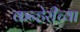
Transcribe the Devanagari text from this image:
कन्हेरीच्या